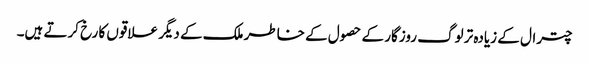
چترال کے زیادہ تر لوگ روزگار کے حصول کے خاطر ملک کے دیگر علاقوں کا رخ کرتے ہیں۔